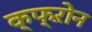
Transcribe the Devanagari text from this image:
क्फ्ऱोन